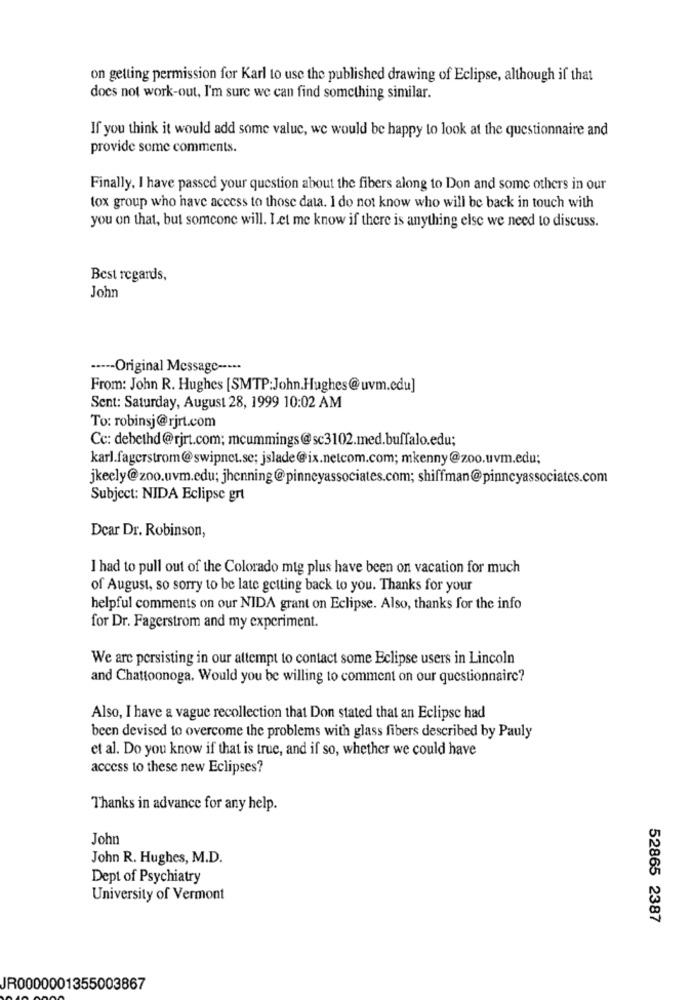
on getting permission for Karl to use the published drawing of Eclipse, although if that
does not work-out, I'm sure we can find something similar.
If you think it would add some value, we would be happy to look at the questionnaire and
provide some comments.
Finally, I have passed your question about the fibers along to Don and some others in our
tox group who have access to those data. I do not know who will be back in touch with
you on that, but someone will. Let me know if there is anything else we need to discuss.
Best regards,
John
----- Original Message -----
From: John R. Hughes [SMTP:John.Hughes@uvm.edu]
Sent: Saturday, August 28, 1999 10:02 AM
To: robinsj@rjrt.com
Cc: debethd@rjrt.com; mcummings@sc3102.med.buffalo.edu;
karl.fagerstrom@swipnet.se; jslade@ix.netcom.com; mkenny@zoo.uvm.edu;
jkeely@zoo.uvm.edu; jhenning@pinneyassociates.com; shiffman@pinncyassociates.com
Subject: NIDA Eclipse grt
Dear Dr. Robinson,
I had to pull out of the Colorado mig plus have been on vacation for much
of August, so sorry to be late getting back to you. Thanks for your
helpful comments on our NIDA grant on Eclipse. Also, thanks for the info
for Dr. Fagerstrom and my experiment.
We are persisting in our attempt to contact some Eclipse users in Lincoln
and Chattoonoga. Would you be willing to comment on our questionnaire?
Also, I have a vague recollection that Don stated that an Eclipse had
been devised to overcome the problems with glass fibers described by Pauly
et al. Do you know if that is true, and if so, whether we could have
access to these new Eclipses?
Thanks in advance for any help.
John
John R. Hughes, M.D.
Dept of Psychiatry
University of Vermont
52865 2387
JR0000001355003867